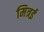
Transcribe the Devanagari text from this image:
मित्रई